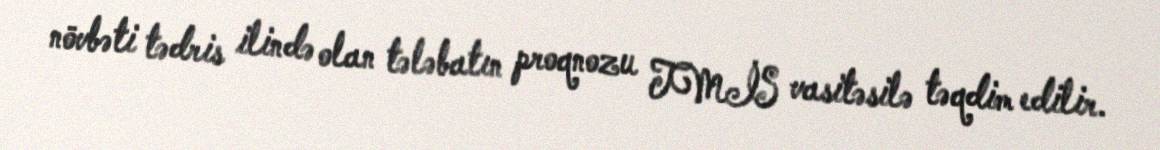
növbəti tədris ilində olan tələbatın proqnozu TMİS vasitəsilə təqdim edilir.